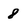
Character: 8